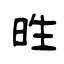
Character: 甠